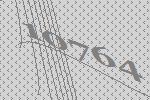
10764